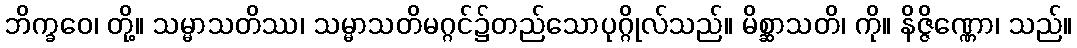
ဘိက္ခဝေ၊ တို့။ သမ္မာသတိဿ၊ သမ္မာသတိမဂ္ဂင်၌တည်သောပုဂ္ဂိုလ်သည်။ မိစ္ဆာသတိ၊ ကို။ နိဇ္ဇိဏ္ဏော၊ သည်။